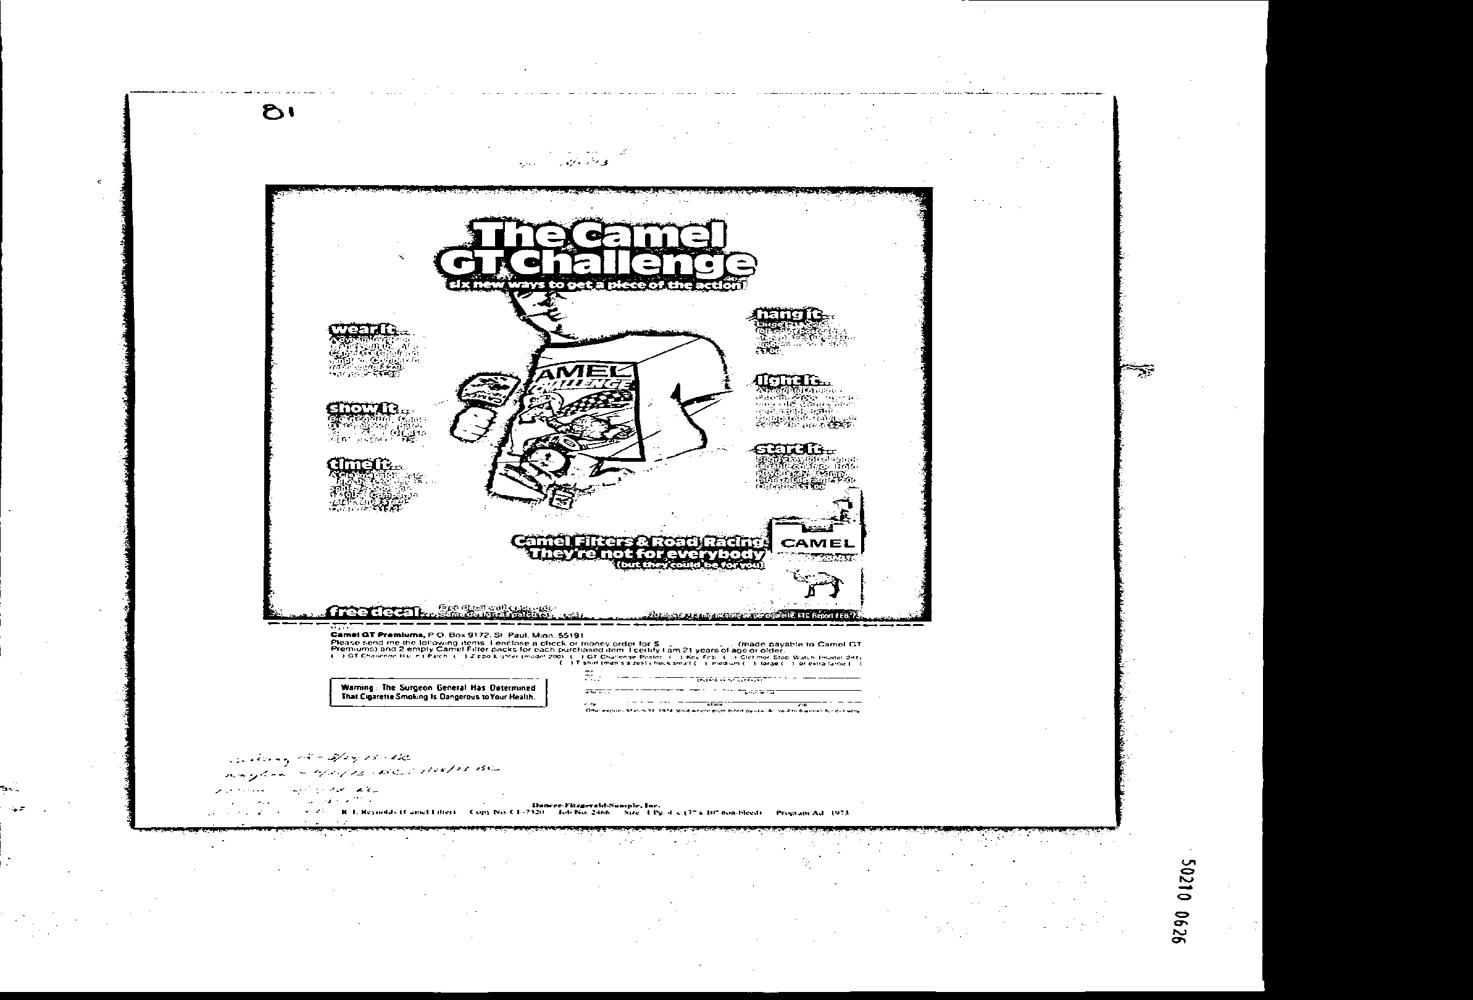
Please send me the lorowing tems Lenctose a check of money order tor S_ «(made payatie ta Camel OT
 Premiums) and 2 emply Camel Filler packs for cach pulehiasca tom | cory | am 21 years of age or alder
 COPGT Change Ha rT BAER | PZ P RO Leiner (cde FOO) LP GE Cmanange Poser td Roe Feb te Giet wor SHOE Wate
 t nSadeslcmectamat ty meaume imget. ) oreriaianet |
 is Dangerous to Your Health.
 That Ciparetie Smokin
 ax tee
 Pep te Re Pee E ER
 Aa 78
 HOD Resantde amet Eliees Copy Na C1732
 9290 01205